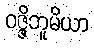
ဝဇ္ဇိဘူမိယာ